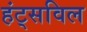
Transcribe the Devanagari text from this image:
हंट्सविल